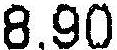
8.90